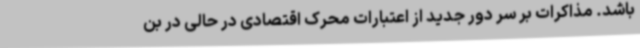
باشد. مذاکرات بر سر دور جدید از اعتبارات محرک اقتصادی در حالی در بن